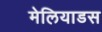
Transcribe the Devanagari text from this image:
मेलियाडस